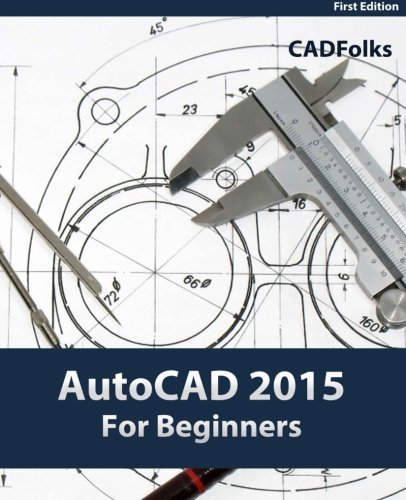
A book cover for AutoCAD 2015 For Beginners; CADFolks; Computers & Technology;